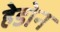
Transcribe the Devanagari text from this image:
हेडोन